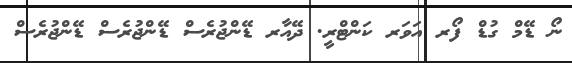
ނޯ ޑޭމް ގުޑް ފޯރ އަވަރ ކަންޓްރީ. ދޭއާރ ޑޭންޖުރެސް ޑޭންޖުރެސް ޑޭންޖުރެސް